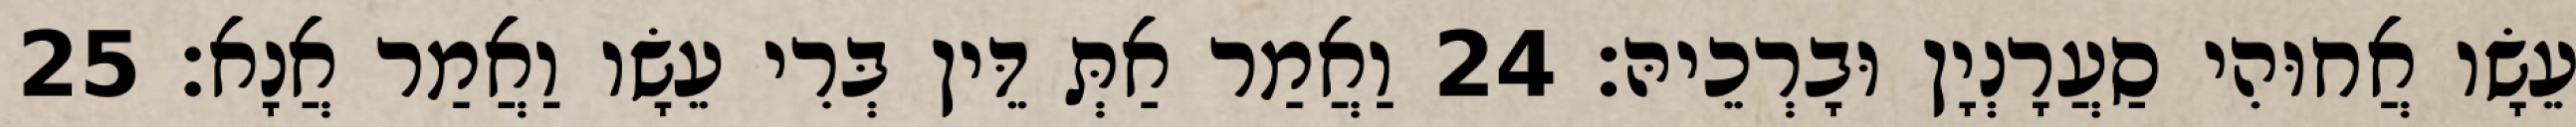
עֵשָׂו אֲחוּהִי סַעֲרָנְיָן וּבָרְכֵיהּ׃ 24 וַאֲמַר אַתְּ דֵּין בְּרִי עֵשָׂו וַאֲמַר אֲנָא׃ 25